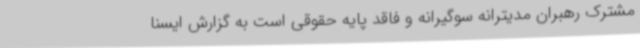
مشترک رهبران مدیترانه سوگیرانه و فاقد پایه حقوقی است به گزارش ایسنا